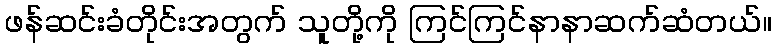
ဖန်ဆင်းခံတိုင်းအတွက် သူတို့ကို ကြင်ကြင်နာနာဆက်ဆံတယ်။